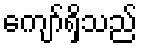
ကျော်ရှိသည်